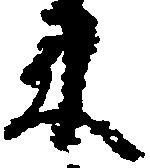
来